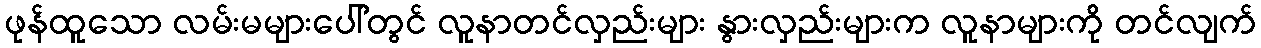
ဖုန်ထူသော လမ်းမများပေါ်တွင် လူနာတင်လှည်းများ နွားလှည်းများက လူနာများကို တင်လျက်